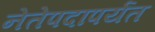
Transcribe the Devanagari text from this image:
नेतेपदापर्यंत